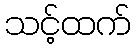
သင့်ထက်